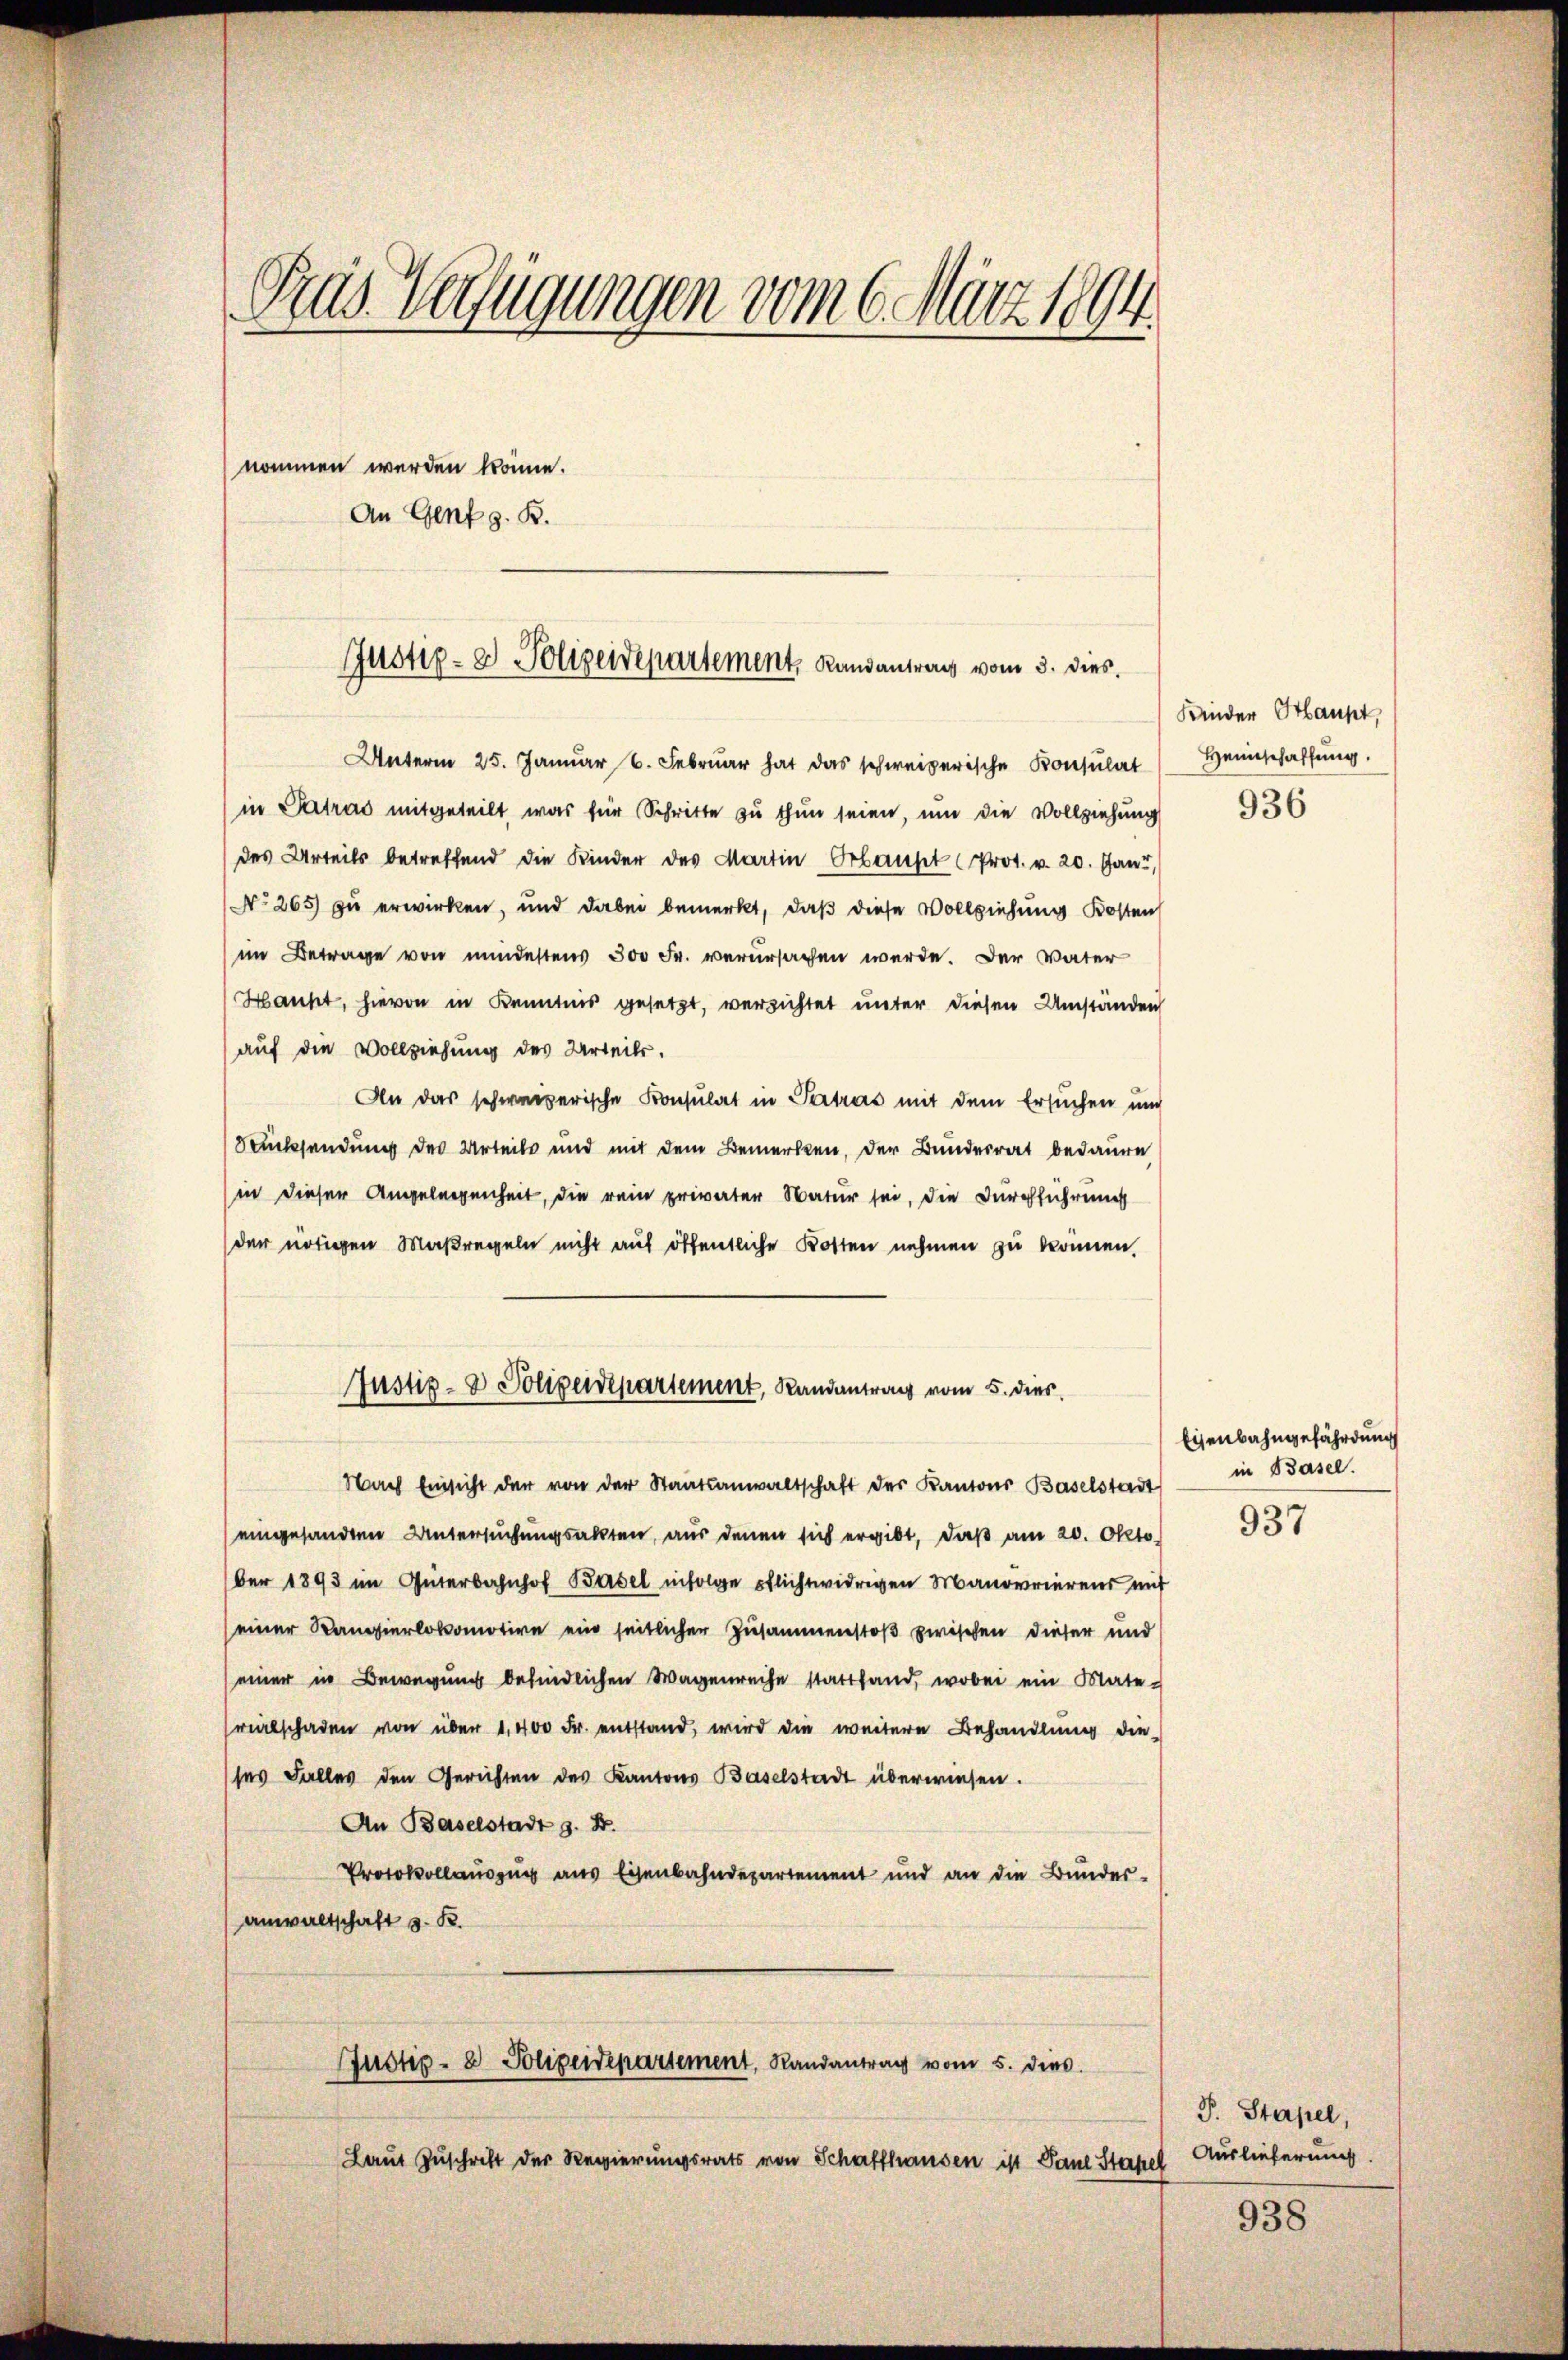
Gras Verfügungen vom 6. März 1894
nommen werden könne.
An Genf z. B.

Justiz- & Polizendepartement, Randantrag vom 3. dies

Unterm 25. Januar 6. Febrŭar hat das schweizerische Konsulat
in Patras mitgeteilt, was für Schritte zu thun seien, um die Vollziehung
des Urteils betreffend die Kinder des Martin Erbautet (Prot. v. 20. Jan
No 265) zu erwirken, und dabei bemerkt, daß diese Vollziehung Kosten
im Betrage von mindestens 300 Fr. verursachen werde. Der Vater
Hauht, hievon in Kenntnis gesetzt, versichtet unter diesen Umständen
auf die Vollziehung des Urteils.
An das schweizerische Konsulat in Patros mit dem Ersuchen und
Drücksendung des Urteils und mit dem Bemerken, der Bunderrat bedauern
(in dieser Angelegenheit, die rein privater Natur sei, die Durchführung
der nötigen Maßregeln nicht auf öffentliche Kosten nehmen zu können.
Nach Einsicht der von der Staatsanwaltschaft des Kantons Baselstadt
eingesandten Untersuchungsakten, aus denen sich ergibt, daß am 20. Okto
ber 1893 im Güterbahnhof Basel infolge Pflichtwidrigen Manövrierend mit
einer Kampierlokomotive ein seitlicher Zusammenstoß zwischen dieser und
(einer in Bewegung befindlichen Wagenreihe stattfand, wobei ein Mate
vialschaden von über 1,400 Fr. entstand, wird die weitere Behandlung die
ses Falles den Gerichten des Kantons Baselstadt überwiesen.
An Baselstadt z. B.
Protokollauszug aus Eisenbahndepartement und an die Bunder-
anwaltschaft z. B.
Justiz- & Polizeidepartement, Randantrag vom 5. dies
Laut Zuschrift der Regierungsrats von Schaffhausen ist Paul Stapel

Justiz- & Polizeidepartement, Randantrag vom 5. dies

Kinder Haupt,
Heimschaffung.

936

Eisenbahngefährdung
in Basel.

937

P. Stapel,
Auslieferung

938